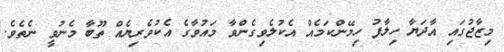
މިޒާޖުގައި އާދަޔާ ހިލާފު ހިމޭންކަމެއް އެކުލެވިގެންވާ މައުވާގެ އެކުވެރިޔެއް ތޫބާ މެނުވީ ނެތެވެ.